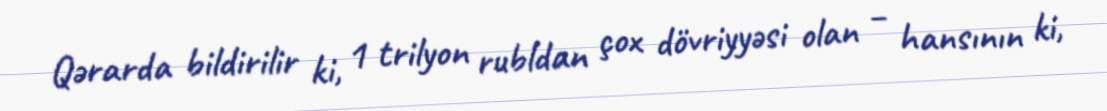
Qərarda bildirilir ki, 1 trilyon rubldan çox dövriyyəsi olan – hansının ki,